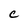
Character: C